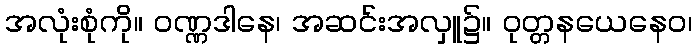
အလုံးစုံကို။ ဝဏ္ဏဒါနေ၊ အဆင်းအလှူ၌။ ဝုတ္တနယေနေဝ၊